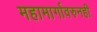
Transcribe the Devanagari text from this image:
महामार्गावरुनही